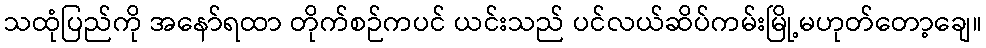
သထုံပြည်ကို အနော်ရထာ တိုက်စဉ်ကပင် ယင်းသည် ပင်လယ်ဆိပ်ကမ်းမြို့မဟုတ်တော့ချေ။